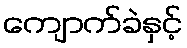
ကျောက်ခဲနှင့်